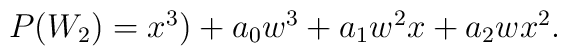
\begin {array}{lcr}P(W_2)= x^3)+ a_0w^3+a_1w^2x+a_2wx^2. \end{array}